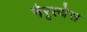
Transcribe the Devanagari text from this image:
नैरृत्येस